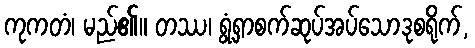
ကုကတံ၊ မည်၏။ တဿ၊ ရွံ့ရှာစက်ဆုပ်အပ်သောဒုစရိုက်,